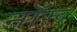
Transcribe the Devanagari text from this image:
नॉरू